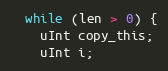
Language: C++
  while (len > 0) {
    uInt copy_this;
    uInt i;